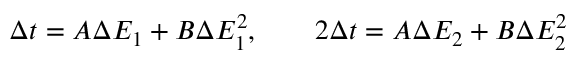
\Delta t = A \Delta E _ { 1 } + B \Delta E _ { 1 } ^ { 2 } , \qquad 2 \Delta t = A \Delta E _ { 2 } + B \Delta E _ { 2 } ^ { 2 }